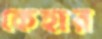
কেহার